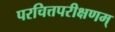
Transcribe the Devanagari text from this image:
परचित्तपरीक्षणम्‌